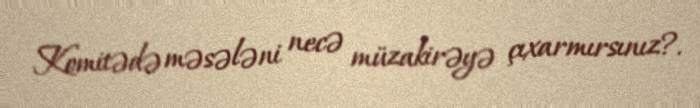
Komitədə məsələni necə müzakirəyə çıxarmırsınız?.